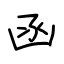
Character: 函